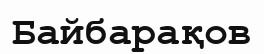
Байбарақов